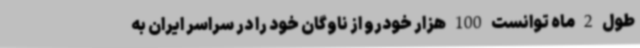
طول 2 ماه توانست 100 هزار خودرو از ناوگان خود را در سراسر ایران به